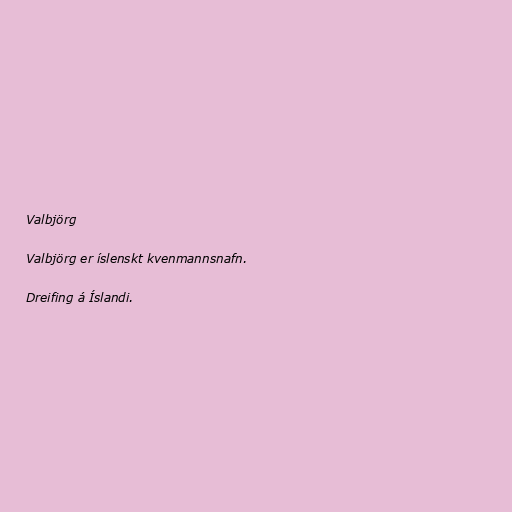
Valbjörg

Valbjörg er íslenskt kvenmannsnafn.

Dreifing á Íslandi.